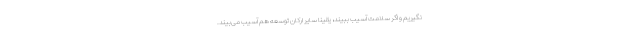
نگیریم و اگر سلامت آسیب ببیند، یقینا سایر ارکان توسعه هم آسیب می‌بیند.